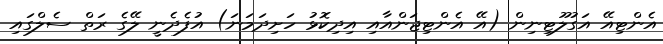
އެންޓިއޭ އަގުލޫޓިނިން (އޭ އެންޓިޖަންއާއި އިދިކޮޅު ހަށިދަމަނަ) އުފެދެނީ ލޭގެ ރަތް ސެލްގައި